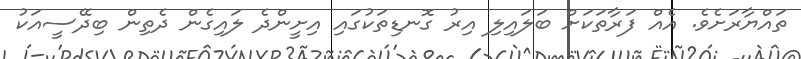
ތައްޔާރަށެވެ. އެއް ފަރާތަކަށް ބަލައިލި އިރު ގޮނޑިތަކުގައި އިށީންދެ ލައިގެން ދެތިން ބިދޭސީއަކު